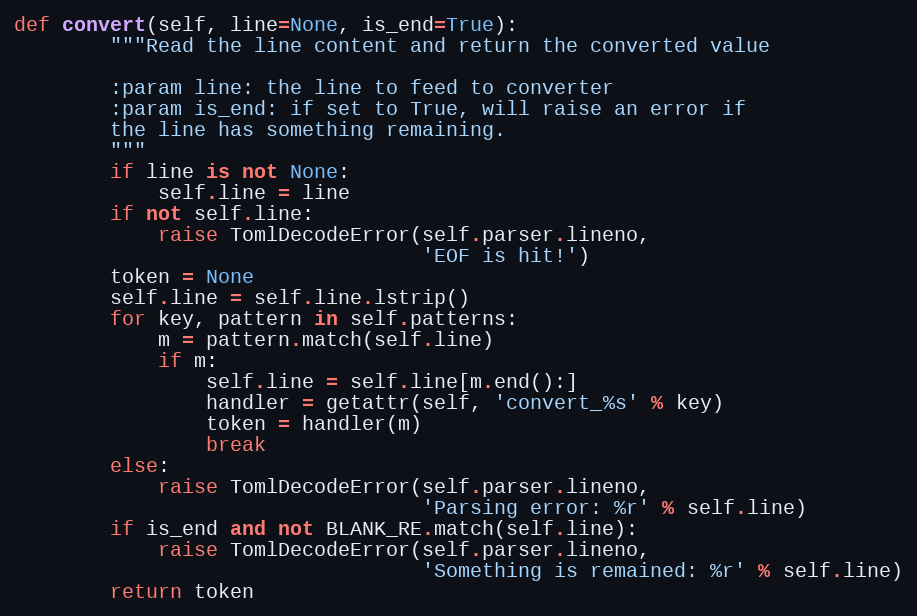
Language: Python
def convert(self, line=None, is_end=True):
        """Read the line content and return the converted value

        :param line: the line to feed to converter
        :param is_end: if set to True, will raise an error if
        the line has something remaining.
        """
        if line is not None:
            self.line = line
        if not self.line:
            raise TomlDecodeError(self.parser.lineno,
                                  'EOF is hit!')
        token = None
        self.line = self.line.lstrip()
        for key, pattern in self.patterns:
            m = pattern.match(self.line)
            if m:
                self.line = self.line[m.end():]
                handler = getattr(self, 'convert_%s' % key)
                token = handler(m)
                break
        else:
            raise TomlDecodeError(self.parser.lineno,
                                  'Parsing error: %r' % self.line)
        if is_end and not BLANK_RE.match(self.line):
            raise TomlDecodeError(self.parser.lineno,
                                  'Something is remained: %r' % self.line)
        return token